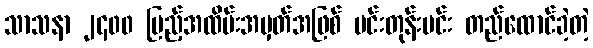
သာသနာ ၂၄၀၀ ပြည့်အထိမ်းအမှတ်အဖြစ် မင်းတုန်းမင်း တည်ထောင်ခဲ့တဲ့